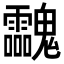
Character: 𩵀